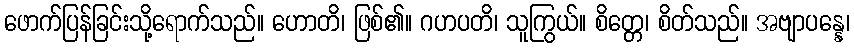
ဖောက်ပြန်ခြင်းသို့ရောက်သည်။ ဟောတိ၊ ဖြစ်၏။ ဂဟပတိ၊ သူကြွယ်။ စိတ္တေ၊ စိတ်သည်။ အဗျာပန္နေ၊